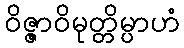
ဝိဇ္ဇာဝိမုတ္တိမ္ပာဟံ